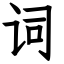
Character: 词